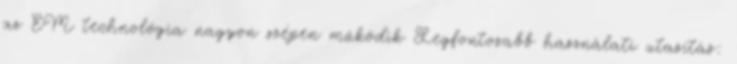
az EM technológia nagyon szépen működik Legfontosabb használati utasítás: